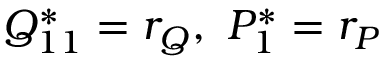
Q _ { 1 1 } ^ { * } = r _ { Q } , \ P _ { 1 } ^ { * } = r _ { P }